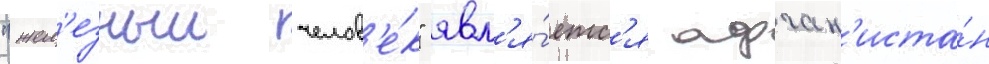
"жел'езныи челов'е́к" явл'я́етс'я афган'иста́н